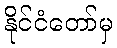
နိုင်ငံတော်မှ